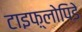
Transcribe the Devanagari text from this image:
टाइफ़्लोपिडे